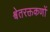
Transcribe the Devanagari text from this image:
श्वेतरक्तकणों